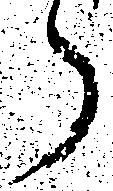
ら